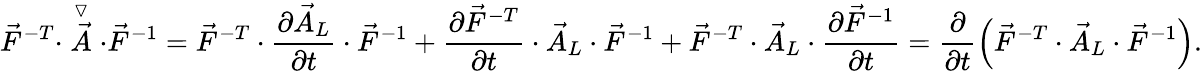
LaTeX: \vec{F}^{-T}\cdot\stackrel{\triangledown}{\vec{A}}\cdot\vec{F}^{-1}=\vec{F}^{-T}\cdot\frac{\partial\vec{A}_{L}}{\partial t}\cdot\vec{F}^{-1}+\frac{\partial\vec{F}^{-T}}{\partial t}\cdot\vec{A}_{L}\cdot\vec{F}^{-1}+\vec{F}^{-T}\cdot\vec{A}_{L}\cdot\frac{\partial\vec{F}^{-1}}{\partial t}=\frac{\partial}{\partial t}\left(\vec{F}^{-T}\cdot\vec{A}_{L}\cdot\vec{F}^{-1}\right).